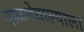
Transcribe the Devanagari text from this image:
पाळणेवाल्याला